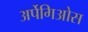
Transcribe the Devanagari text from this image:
अर्पेगिओस